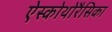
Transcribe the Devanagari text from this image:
ऐस्कोथोरैसिका